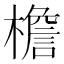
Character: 檐